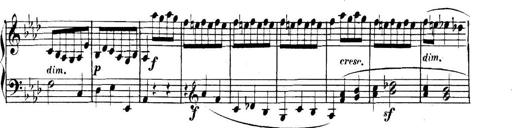
Title: Collected Piano Sonatas
Composer: Muzio Clementi